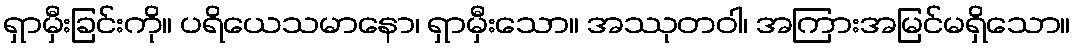
ရှာမှီးခြင်းကို။ ပရိယေသမာနော၊ ရှာမှီးသော။ အဿုတဝါ၊ အကြားအမြင်မရှိသော။